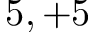
5 , + 5